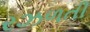
રઝળતી